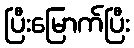
ပြီးမြောက်ပြီး